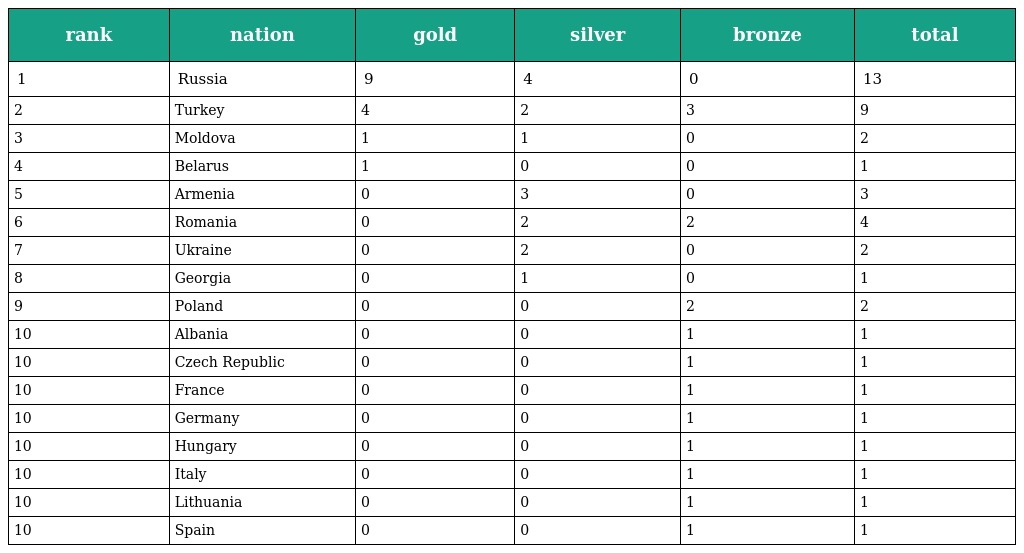
| rank | nation | gold | silver | bronze | total |
 | --- | --- | --- | --- | --- | --- |
 | 1 | Russia | 9 | 4 | 0 | 13 |
 | 2 | Turkey | 4 | 2 | 3 | 9 |
 | 3 | Moldova | 1 | 1 | 0 | 2 |
 | 4 | Belarus | 1 | 0 | 0 | 1 |
 | 5 | Armenia | 0 | 3 | 0 | 3 |
 | 6 | Romania | 0 | 2 | 2 | 4 |
 | 7 | Ukraine | 0 | 2 | 0 | 2 |
 | 8 | Georgia | 0 | 1 | 0 | 1 |
 | 9 | Poland | 0 | 0 | 2 | 2 |
 | 10 | Albania | 0 | 0 | 1 | 1 |
 | 10 | Czech Republic | 0 | 0 | 1 | 1 |
 | 10 | France | 0 | 0 | 1 | 1 |
 | 10 | Germany | 0 | 0 | 1 | 1 |
 | 10 | Hungary | 0 | 0 | 1 | 1 |
 | 10 | Italy | 0 | 0 | 1 | 1 |
 | 10 | Lithuania | 0 | 0 | 1 | 1 |
 | 10 | Spain | 0 | 0 | 1 | 1 |